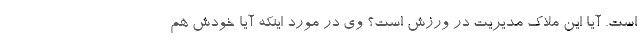
است. آیا این ملاک مدیریت در ورزش است؟ وی در مورد اینکه آیا خودش هم